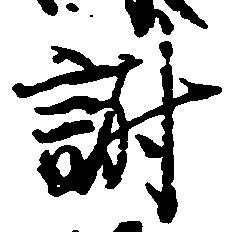
謝